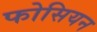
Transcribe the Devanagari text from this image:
फोसियन